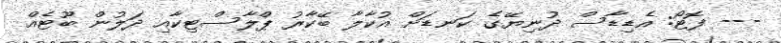
--- ފޮޓޯ: އެޑިޑާސް ދުނިޔޭގެ ކަނޑަށް އުކާލާ ބޭކާރު ޕްލާސްޓިކާއި ދަލުން ބޫޓެއް